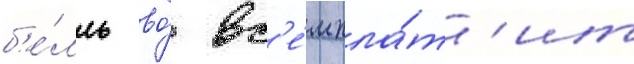
б'е́лль во́ вс'е́м пла́т'ит